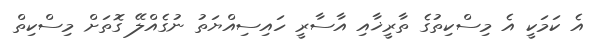
އެ ކަމަކީ އެ މިސްކިތުގެ ތާރީޚާއި އާސާރީ ހައިސިއްޔަތު ނުގެއްލޭ ގޮތަށް މިސްކިތް